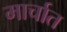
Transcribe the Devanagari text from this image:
मार्चात